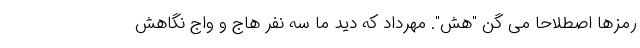
رمزها اصطلاحاً می گن "هش". مهرداد که دید ما سه نفر هاج و واج نگاهش